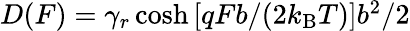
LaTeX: \begin{array}{r}{D(F)=\gamma_{r}\cosh\left[qFb/(2k_{\mathrm{B}}T)\right]b^{2}/2}\end{array}